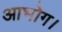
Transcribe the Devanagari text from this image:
आभोग।